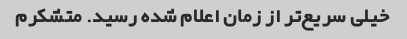
خیلی سریع‌تر از زمان اعلام شده رسید. متشکرم